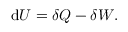
\mathrm { d } U = \delta Q - \delta W .